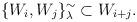
LaTeX: \begin{align*}\{W_{i},W_{j}\}^{\sim}_{\lambda}\subset W_{i+j}.\end{align*}